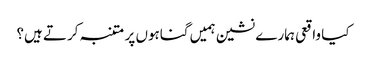
کیا واقعی ہمارے نشین ہمیں گناہوں پر متنبہ کرتے ہیں؟